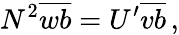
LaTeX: N^{2}\overline{{wb}}=U^{\prime}\overline{{vb}}\, ,